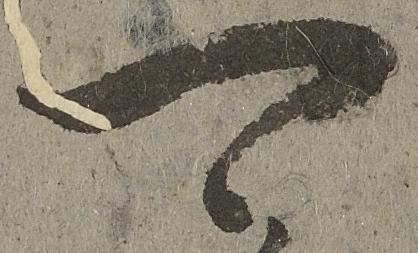
可